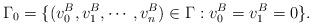
LaTeX: \begin{align*}\Gamma_0=\{(v_0^B, v_1^B, \cdots, v_n^B) \in \Gamma : v_0^B=v_1^B=0 \}.\end{align*}